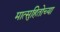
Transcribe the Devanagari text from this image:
मात्सुहितोच्या